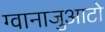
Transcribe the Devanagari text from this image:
ग्वानाजुआटो